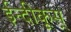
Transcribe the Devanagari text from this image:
ईन्दीकूस्